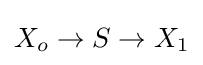
X_{o}\rightarrow S\rightarrow X_{1}